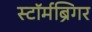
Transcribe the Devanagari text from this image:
स्टॉर्मब्रिंगर